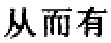
从而有